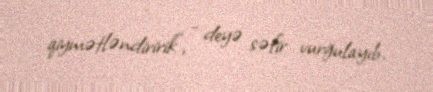
qiymətləndiririk”, - deyə səfir vurğulayıb.